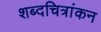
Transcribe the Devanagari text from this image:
शब्दचित्रांकन